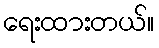
ရေးထားတယ်။